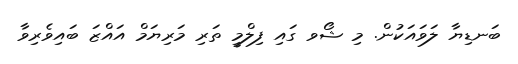
ބަނޑިޔާ ލަވައަކުން. މި ޝޯވ ގައި ފިލްމީ ތަރި މަރިޔަމް އައްޒަ ބައިވެރިވާ